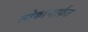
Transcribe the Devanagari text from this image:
लोकांमार्फत